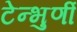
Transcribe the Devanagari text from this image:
टेन्भुर्णी